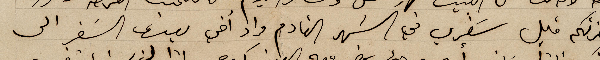
لحضرتكم قبل سَفري في الشهر القادم مراد اخي يعدني السَفر الى